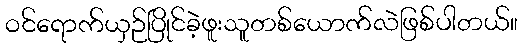
ဝင်ရောက်ယှဉ်ပြိုင်ခဲ့ဖူးသူတစ်ယောက်လဲဖြစ်ပါတယ်။